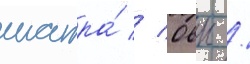
шатра́ // Овцы /